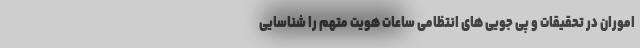
اموران در تحقیقات و پی جویی های انتظامی ساعات هویت متهم را شناسایی